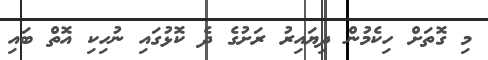
މި ގޮތަށް ހިކެމުން ދިޔައިރު ރަށުގެ ދެ ކޮޅުގައި ނުހިކި އޮތް ބައި